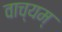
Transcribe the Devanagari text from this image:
वाच्यम्